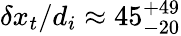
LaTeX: \delta x_{t}/d_{i}\approx 45_{-20}^{+49}